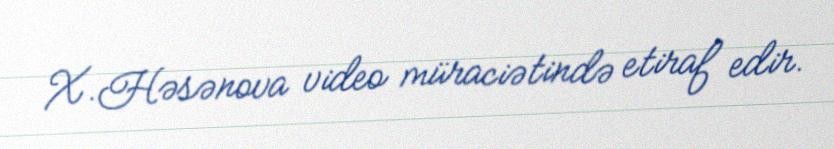
X.Həsənova video müraciətində etiraf edir.